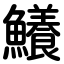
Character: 鱶